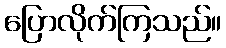
ပြောလိုက်ကြသည်။